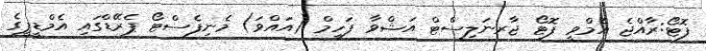
ފޮޓޯ:ރާއްޖެ އެމްވީ ފޮޓޯ ޖާރނަލިސްޓް އަޝްވާ ފަހީމް (އައްވަ) މެނިފެސްޓޯ ޕެރޭޑްގައި އެމްޑީޕީގެ